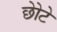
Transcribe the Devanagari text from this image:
छोेटे